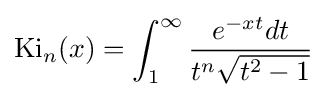
\operatorname {Ki} _{n}(x)=\int _{1}^{\infty }{\frac {e^{-xt}dt}{t^{n}{\sqrt {t^{2}-1}}}}